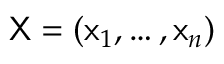
\mathsf { X } = ( \mathsf { x } _ { 1 } , \ldots , \mathsf { x } _ { n } )